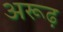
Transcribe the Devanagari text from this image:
अरूढ़